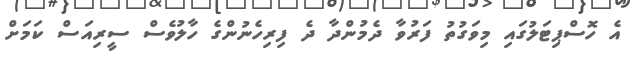
އެ ހޮސްޕިޓަލުގައި މިވަގުތު ފަރުވާ ދެމުންދާ ދެ ފިރިހެނުންގެ ހާލުވެސް ސީރިއަސް ކަމަށް